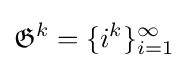
{\mathfrak {G}}^{k}=\{i^{k}\}_{i=1}^{\infty }